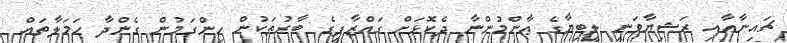
ޗައިނާއާއި ރަޝިޔާވަނީ ލީބިޔާގެ ޢާންމުންނާ ދެކޮޅަށް ގައްޒާފީގެ ބާރުތަކުން ހިންގަމުން ގެންދާ ޙަމަލާތައް